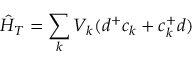
\hat { H } _ { T } = \sum _ { k } V _ { k } ( d ^ { + } c _ { k } + c _ { k } ^ { + } d )